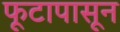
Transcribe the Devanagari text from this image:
फूटापासून